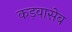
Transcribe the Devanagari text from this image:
कड़वासेब